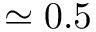
\simeq 0 . 5